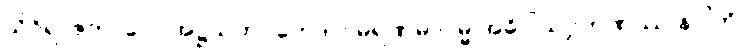
သိဝိရာဇကာလေ အဋ္ဌသတပ္ပဘေဒါပိ မရဏမာဂမ္မ အဓိပ္ပါယဂ္ဂဟဏဿ နဂ္ဂါတိ